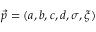
\vec { p } = ( a , b , c , d , \sigma , \xi )